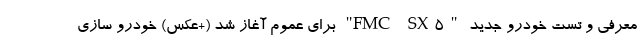
معرفی و تست خودرو جدید "FMC SX5" برای عموم آغاز شد (+عکس) خودرو سازی